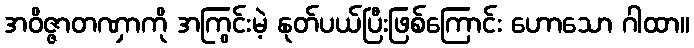
အဝိဇ္ဇာတဏှာကို အကြွင်းမဲ့ နုတ်ပယ်ပြီးဖြစ်ကြောင်း ဟောသော ဂါထာ။